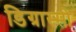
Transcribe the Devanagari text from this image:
डिग्रास्सी